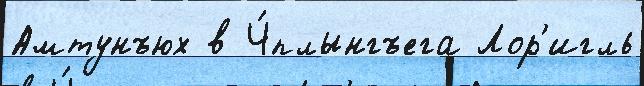
Амтунъюх в Ч́плынгъега Лор'игль